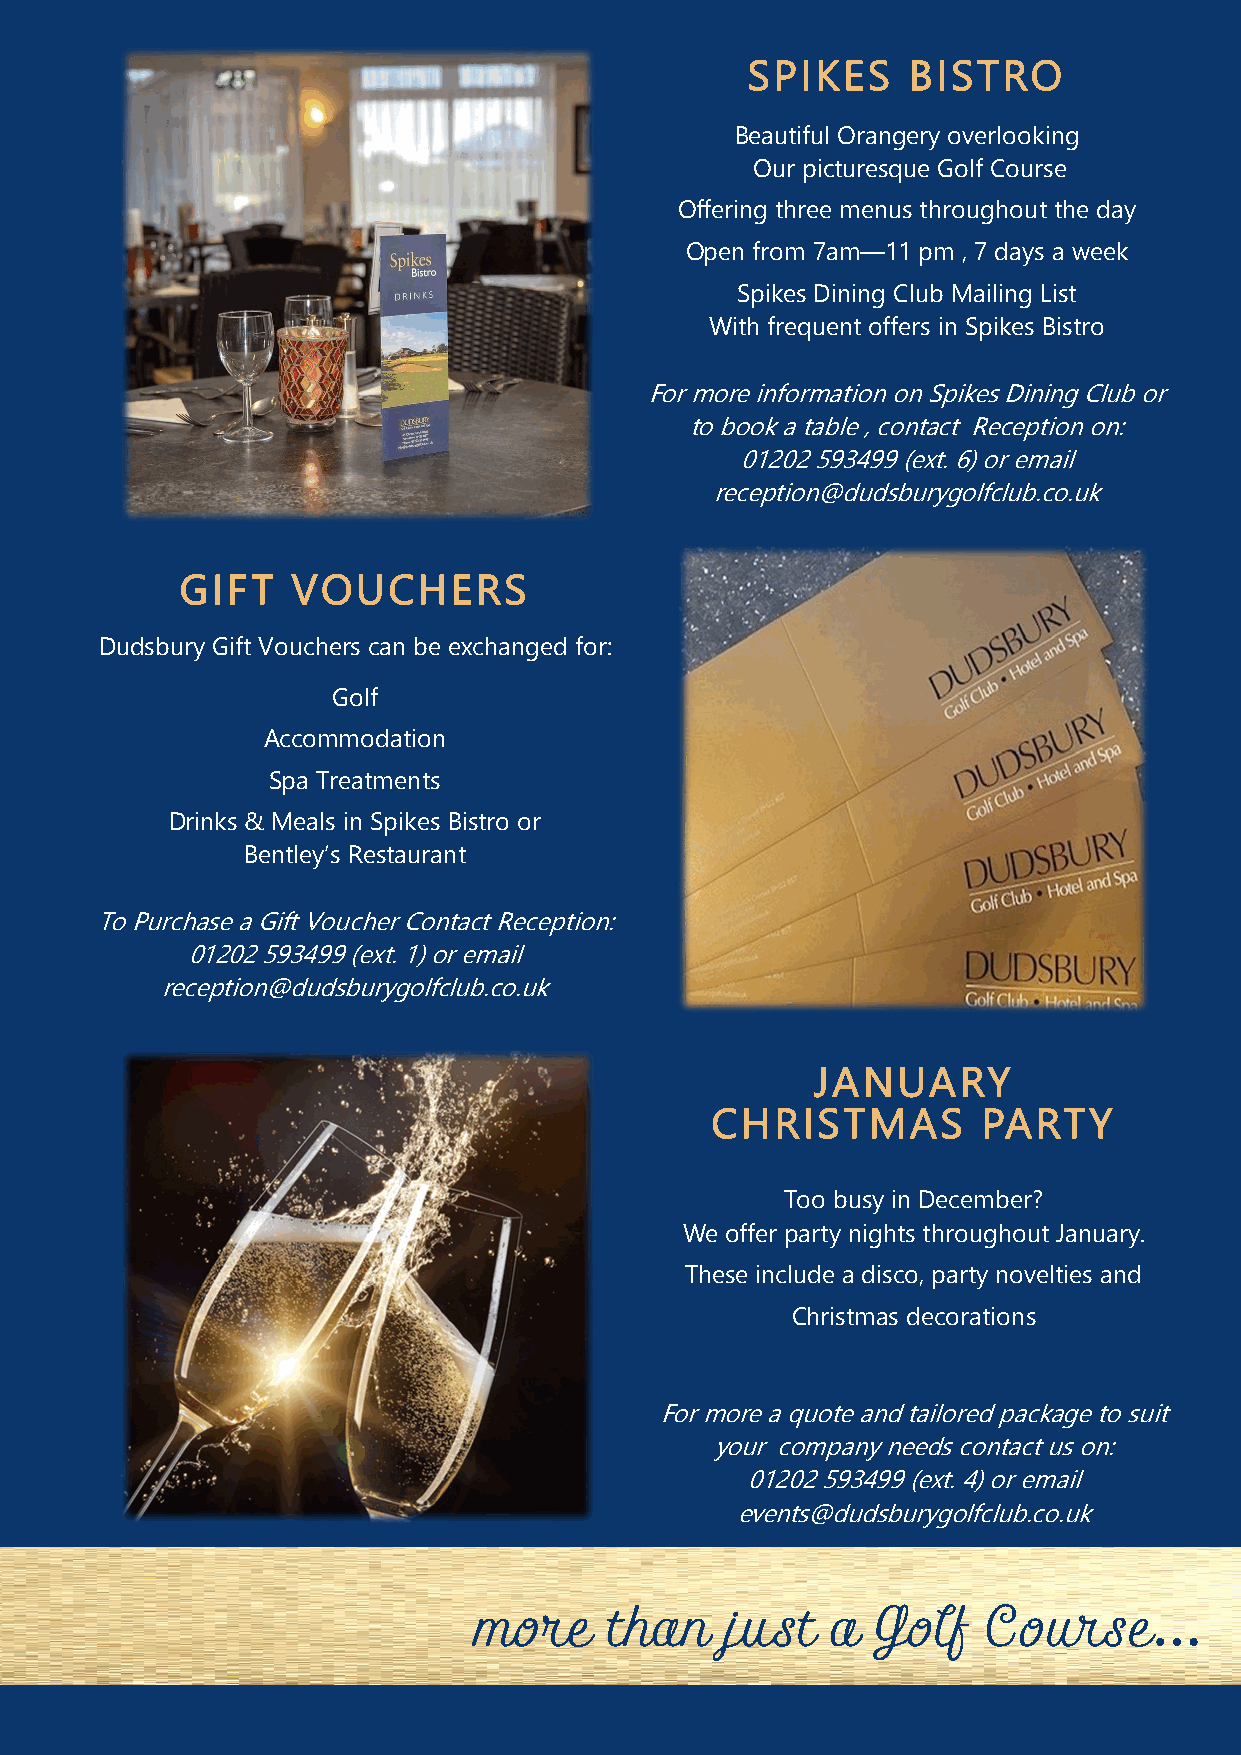
SPIKES     BISTRO
 Beautiful Orangery overlooking
 Our picturesque Golf Course
 Offering three menus throughout the day
 Open from 7am—11 pm , 7 days a week
 Spikes Dining Club Mailing List
 With frequent offers in Spikes Bistro
 For more information on Spikes Dining Club or
 to book a table , contact Reception on:
 01202 593499 (ext. 6) or email
 reception@dudsburygolfclub.co.uk
 GIFT   VOUCHERS
 Dudsbury Gift Vouchers can be exchanged for:
 Golf
 Accommodation
 Spa Treatments
 Drinks & Meals in Spikes Bistro or
 Bentley’s Restaurant
 To Purchase a Gift Voucher Contact Reception:
 01202 593499 (ext. 1) or email
 reception@dudsburygolfclub.co.uk
 JANUARY
 CHRISTMAS         PARTY
 Too busy in December?
 We offer party nights throughout January.
 These include a disco, party novelties and
 Christmas decorations
 For more a quote and tailored package to suit
 your company needs contact us on:
 01202 593499 (ext. 4) or email
 events@dudsburygolfclub.co.uk
 more     than    just   a  Golf   Course…